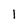
Character: 1